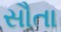
સૌતા